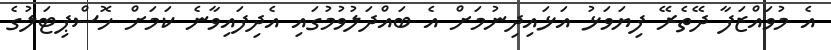
އެ މުވައްޒަފާ ދޭތެރޭ ފިޔަވަޅު އަޅައިދިނުމަށް އެ ބައްދަލުވުމުގައި އެދިފައިވާނެ ކަމަށް ހޮސްޕިޓަލުގެ